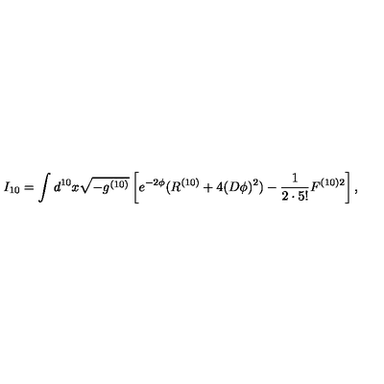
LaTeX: I _ { 1 0 } = \int d ^ { 1 0 } x \sqrt { - g ^ { ( 1 0 ) } } \left[ e ^ { - 2 \phi } ( R ^ { ( 1 0 ) } + 4 ( D \phi ) ^ { 2 } ) - \frac { 1 } { 2 \cdot 5 ! } F ^ { ( 1 0 ) 2 } \right] ,